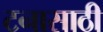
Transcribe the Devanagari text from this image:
टनासाठी